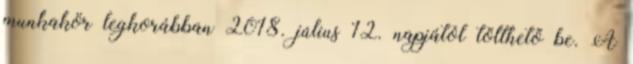
munkakör legkorábban 2018. július 12. napjától tölthető be. A